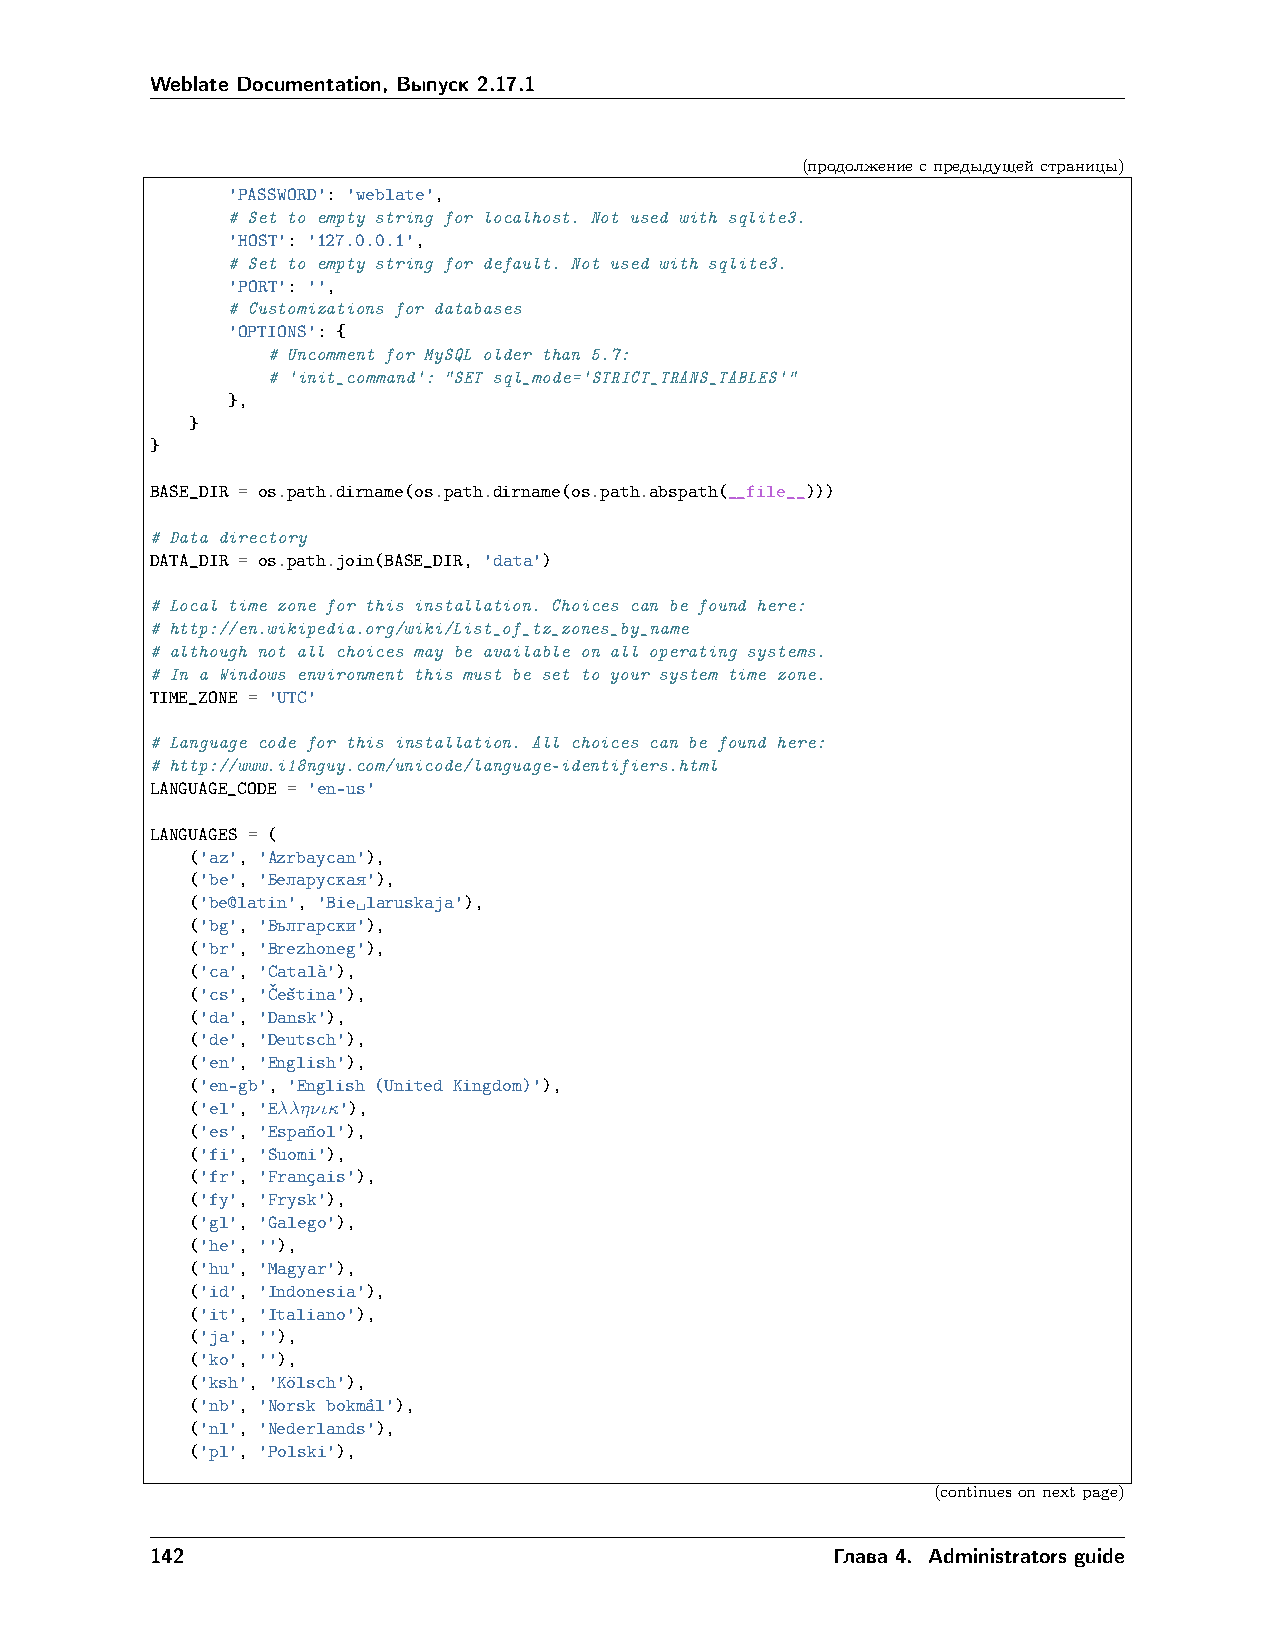
Weblate Documentation, Выпуск 2.17.1
 (продолжениеспредыдущейстраницы)
 'PASSWORD': 'weblate',
 # Set to empty string for localhost. Not used with sqlite3.
 'HOST': '127.0.0.1',
 # Set to empty string for default. Not used with sqlite3.
 'PORT': '',
 # Customizations for databases
 'OPTIONS': {
 # Uncomment for MySQL older than 5.7:
 # 'init_command': "SET sql_mode='STRICT_TRANS_TABLES'"
 },
 }
 }
 BASE_DIR = os.path.dirname(os.path.dirname(os.path.abspath(__file__)))
 # Data directory
 DATA_DIR = os.path.join(BASE_DIR, 'data')
 # Local time zone for this installation. Choices can be found here:
 # http://en.wikipedia.org/wiki/List_of_tz_zones_by_name
 # although not all choices may be available on all operating systems.
 # In a Windows environment this must be set to your system time zone.
 TIME_ZONE = 'UTC'
 # Language code for this installation. All choices can be found here:
 # http://www.i18nguy.com/unicode/language-identifiers.html
 LANGUAGE_CODE = 'en-us'
 LANGUAGES = (
 ('az', 'Azrbaycan'),
 ('be', 'Беларуская'),
 ('be@latin', 'Bie␣laruskaja'),
 ('bg', 'Български'),
 ('br', 'Brezhoneg'),
 ('ca', 'Catala`'),
 ('cs', 'ˇCesˇtina'),
 ('da', 'Dansk'),
 ('de', 'Deutsch'),
 ('en', 'English'),
 ('en-gb', 'English (United Kingdom)'),
 ('el', 'E𝜆𝜆𝜂𝜈𝜄𝜅'),
 ('es', 'Espan˜ol'),
 ('fi', 'Suomi'),
 ('fr', 'Franc¸ais'),
 ('fy', 'Frysk'),
 ('gl', 'Galego'),
 ('he', ''),
 ('hu', 'Magyar'),
 ('id', 'Indonesia'),
 ('it', 'Italiano'),
 ('ja', ''),
 ('ko', ''),
 ('ksh', 'Ko¨lsch'),
 ('nb', 'Norsk bokma˚l'),
 ('nl', 'Nederlands'),
 ('pl', 'Polski'),
 (continuesonnextpage)
 142                                          Глава 4. Administrators guide